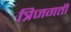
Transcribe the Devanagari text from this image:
त्रिजगती